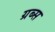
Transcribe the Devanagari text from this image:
ग्रब्स